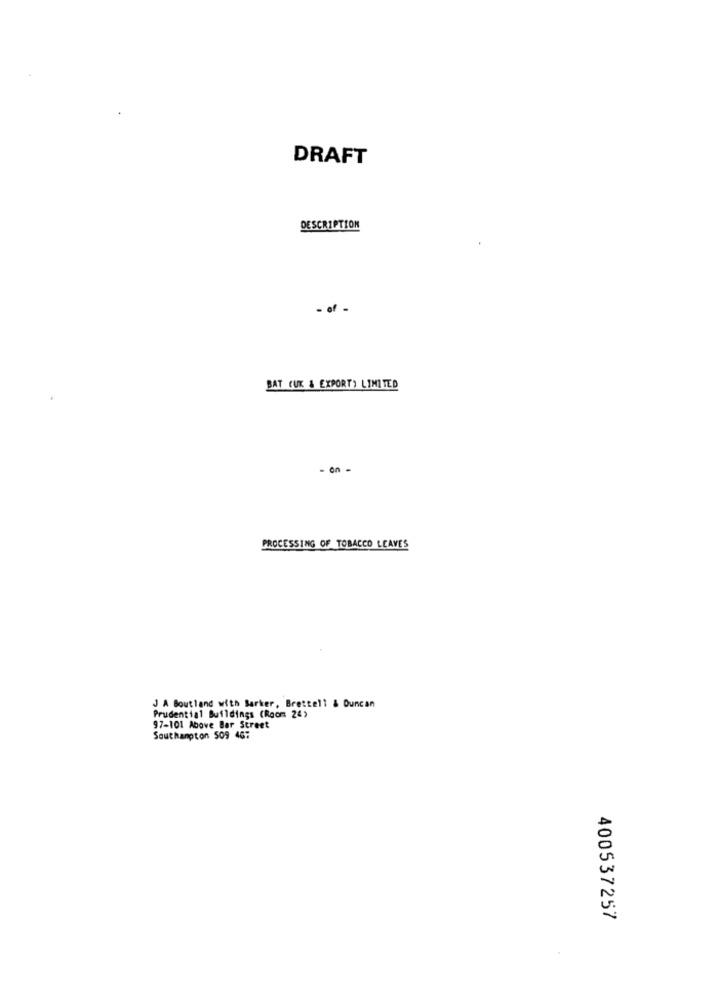
DRAFT
DESCRIPTION
. of
BAT (UK & EXPORT) LIMITED
- on -
PROCESSING OF TOBACCO LEAVES
J A Boutland with Barker, Brettell & Duncan
Prudential Buildings (Room 24)
97-101 Above Bar Street
Southampton 509 46:
400537257